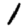
Digit: 1